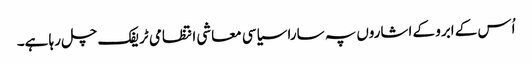
اُس کے ابرو کے اشاروں پہ سارا سیاسی معاشی انتظامی ٹریفک چل رہا ہے۔